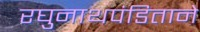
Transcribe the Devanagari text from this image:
रघुनाथपंडिताने